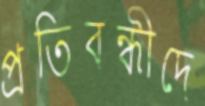
প্রতিবন্ধীদে